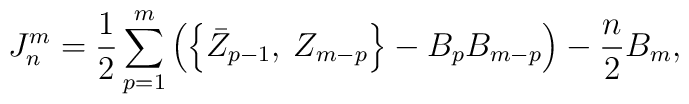
J_n^m=\frac 12\sum_{p=1}^m\left( \left\{\bar Z_{p-1},\:Z_{m-p}\right\}-B_pB_{m-p}\right) -\frac n2B_m,